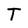
Character: T